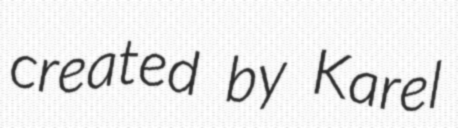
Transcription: created by Karel